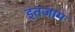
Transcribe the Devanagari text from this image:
इतजाम